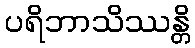
ပရိဘာသိဿန္တိ